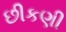
છીકણી